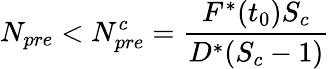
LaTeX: N_{pre}<N_{pre}^{c}=\frac{F^{*}(t_{0})S_{c}}{D^{*}(S_{c}-1)}